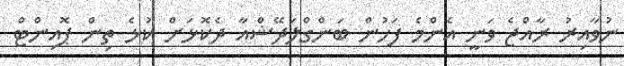
ނުވާއިރު ރާއްޖެ ވަނީ އެންމެ ފަހުން ބަންގްލަދޭޝްއާ ދެކޮޅަށް ކުޅެ ތިން ޕޮއިންޓް